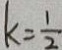
k = \frac { 1 } { 2 }